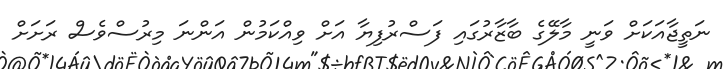
ނަތީޖާއަކަށް ވަނީ މާލޭގެ ބާޒާރުގައި ފަސްރުފިޔާ އަށް ވިއްކަމުން އަންނަ މިރުސްވެސް ރަށަށް